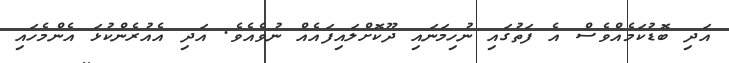
އަދި ބޮޑުކަމެއްވެސް އެ ފަތުގައި ނުހިމަނައި ދޫކޮށްލައިފައެއް ނުވެއެވެ. އަދި އެއުރެންކުޅަ އެންމެހައި